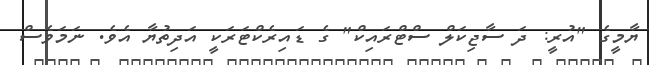
ޔާމީގެ "އުރީ: ދަ ސާޖިކަލް ސްޓްރައިކް" ގެ ޑައިރެކްޓަރަކީ އަދިތުޔާ އެވެ. ނަމަވެސް